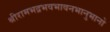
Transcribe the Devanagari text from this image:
श्रीरामभद्रभवभावनभानुभानो